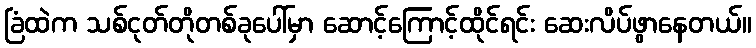
ခြံထဲက သစ်ငုတ်တိုတစ်ခုပေါ်မှာ ဆောင့်ကြောင့်ထိုင်ရင်း ဆေးလိပ်ဖွာနေတယ်။